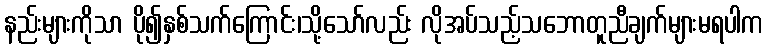
နည်းများကိုသာ ပို၍နှစ်သက်ကြောင်း၊သို့သော်လည်း လိုအပ်သည့်သဘောတူညီချက်များမရပါက